Elephants and their diseases
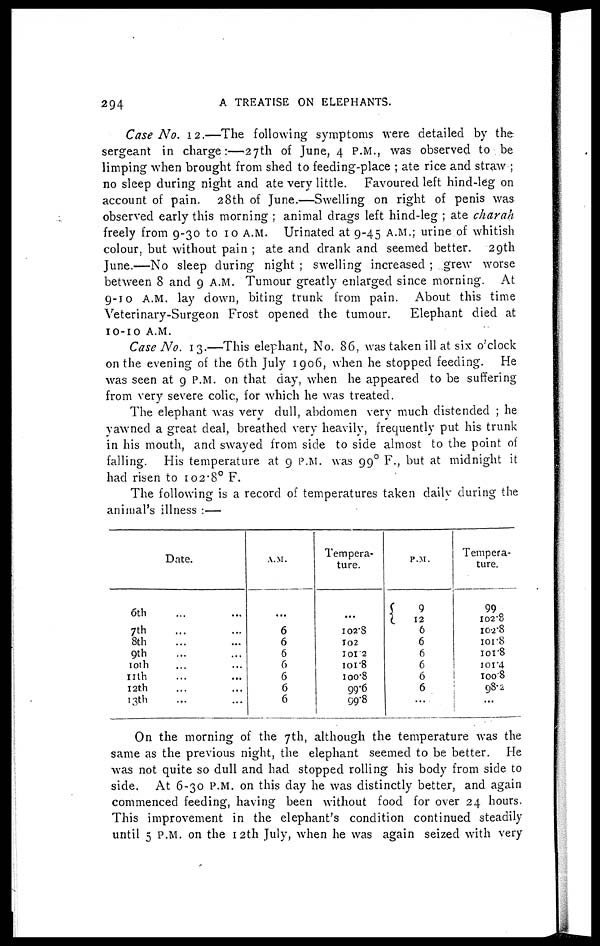
294
A
TREATISE ON ELEPHANTS.
Case No. 12.—The following symptoms were detailed by the
sergeant in charge:—27th of June, 4 P.M., was observed to be
limping when brought from shed to feeding-place ; ate rice and straw ;
no sleep during night and ate very little. Favoured left hind-leg on
account of pain. 28th of June.—Swelling on right of penis was
observed early this morning ; animal drags left hind-leg ; ate charah
freely from 9-30 to 10 A.M. Urinated at 9-45 A.M.; urine of whitish
colour, but without pain ; ate and drank and seemed better. 29th
June.—No sleep during night ; swelling increased ; grew worse
between 8 and 9 A.M. Tumour greatly enlarged since morning. At
9-10 A.M. lay down, biting trunk from pain. About this time
Veterinary-Surgeon Frost opened the tumour.
Elephant died at
10-10 A.M.
Case No. 13.—This elephant, No. 86, was taken ill at six o'clock
on the evening of the 6th July 1906, when he stopped feeding. He
was seen at 9 P.M. on that day, when he appeared to be suffering
from very severe colic, for which he was treated.
The elephant was very dull, abdomen very much distended ; he
yawned a great deal, breathed very heavily, frequently put his trunk
in his mouth, and swayed from side to side almost to the point of
falling. His temperature at 9 P.M. was 99 0 F., but at midnight it
had risen to 102.8° F.
The following is a record of temperatures taken daily during the
animal's illness :—
Date.
6th
...
7th
...
...
8th
...
9th
10th...
11th
...
12th...
13th
...
...
A.M.
...
6
6
6
6
6
6
6
Tempera-
ture.
102.8
102
101.2
101.8
100.8
99.6
99.8
P.M.
9
12
6
6
6
6
6
6
Tempera-
ture.
99
102.8
102.8
101.8
101.8
101.4
100.8
98.2
...
On the morning of the 7th, although the temperature was
was not quite so dull and had stopped rolling his body from side to
side. At 6-30 P.M. on this day he was distinctly better, and again
commenced feeding, having been without food for over 24 hours.
This improvement in the elephant's condition continued steadily
until 5 P.M. on the 12th July, when he was again seized with very